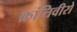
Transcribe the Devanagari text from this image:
क्रांतिवीरो